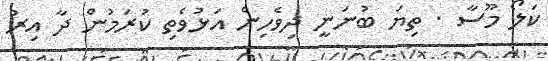
ކަލޯ މޫސާ . ތިޔަ ބުނަނީ ދިވެހިން އަޅުވެތި ކުރަމުން ދާ އިރު